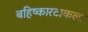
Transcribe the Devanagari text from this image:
बहिष्कारटाकला